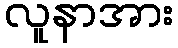
လူနာအား